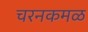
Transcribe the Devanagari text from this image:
चरनकमळ